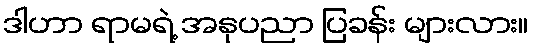
ဒါဟာ ရာမရဲ့ အနုပညာ ပြခန်း များလား။